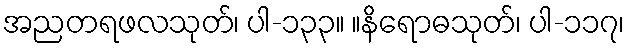
အညတရဖလသုတ်၊ ပါ-၁၃၃။ ။နိရောဓသုတ်၊ ပါ-၁၁၇၊